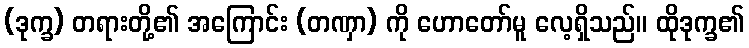
(ဒုက္ခ) တရားတို့၏ အကြောင်း (တဏှာ) ကို ဟောတော်မူ လေ့ရှိသည်။ ထိုဒုက္ခ၏